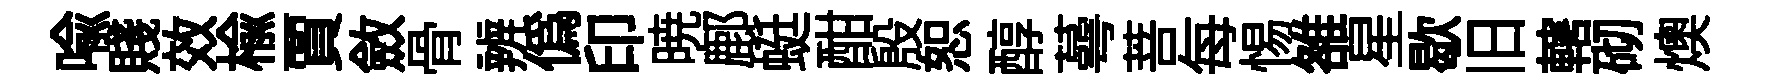
喩賤效榆賈斂骨辨偽印暁鄜蜓酣殷恕醇蕚菩每惕雒星歇旧轄砌燠